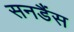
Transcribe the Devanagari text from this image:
सनडैंस